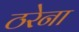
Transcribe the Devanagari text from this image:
ठरेना